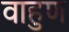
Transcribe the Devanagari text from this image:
वाहुण